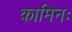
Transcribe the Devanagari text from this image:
कामिनः